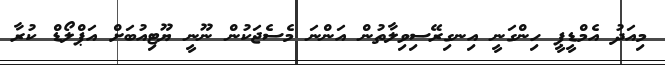
މިއަދު އެމްޑީޕީ ހިންގަނީ އިނގިރޭސިވިލާތުން އަންނަ މެސެޖަކުން ނޫނީ ޔޫޓިއުބަށް އަޕްލޯޑް ކުރާ